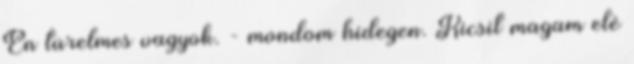
Én türelmes vagyok. - mondom hidegen. Kicsit magam elé